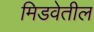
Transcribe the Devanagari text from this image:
मिडवेतील